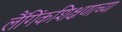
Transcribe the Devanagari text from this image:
लैंगिंकशिक्षणाच्या